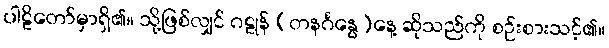
ပါဠိတော်မှာရှိ၏။ သို့ဖြစ်လျှင် ဂဠုန် (တနင်္ဂနွေ)နေ့ ဆိုသည်ကို စဉ်းစားသင့်၏။